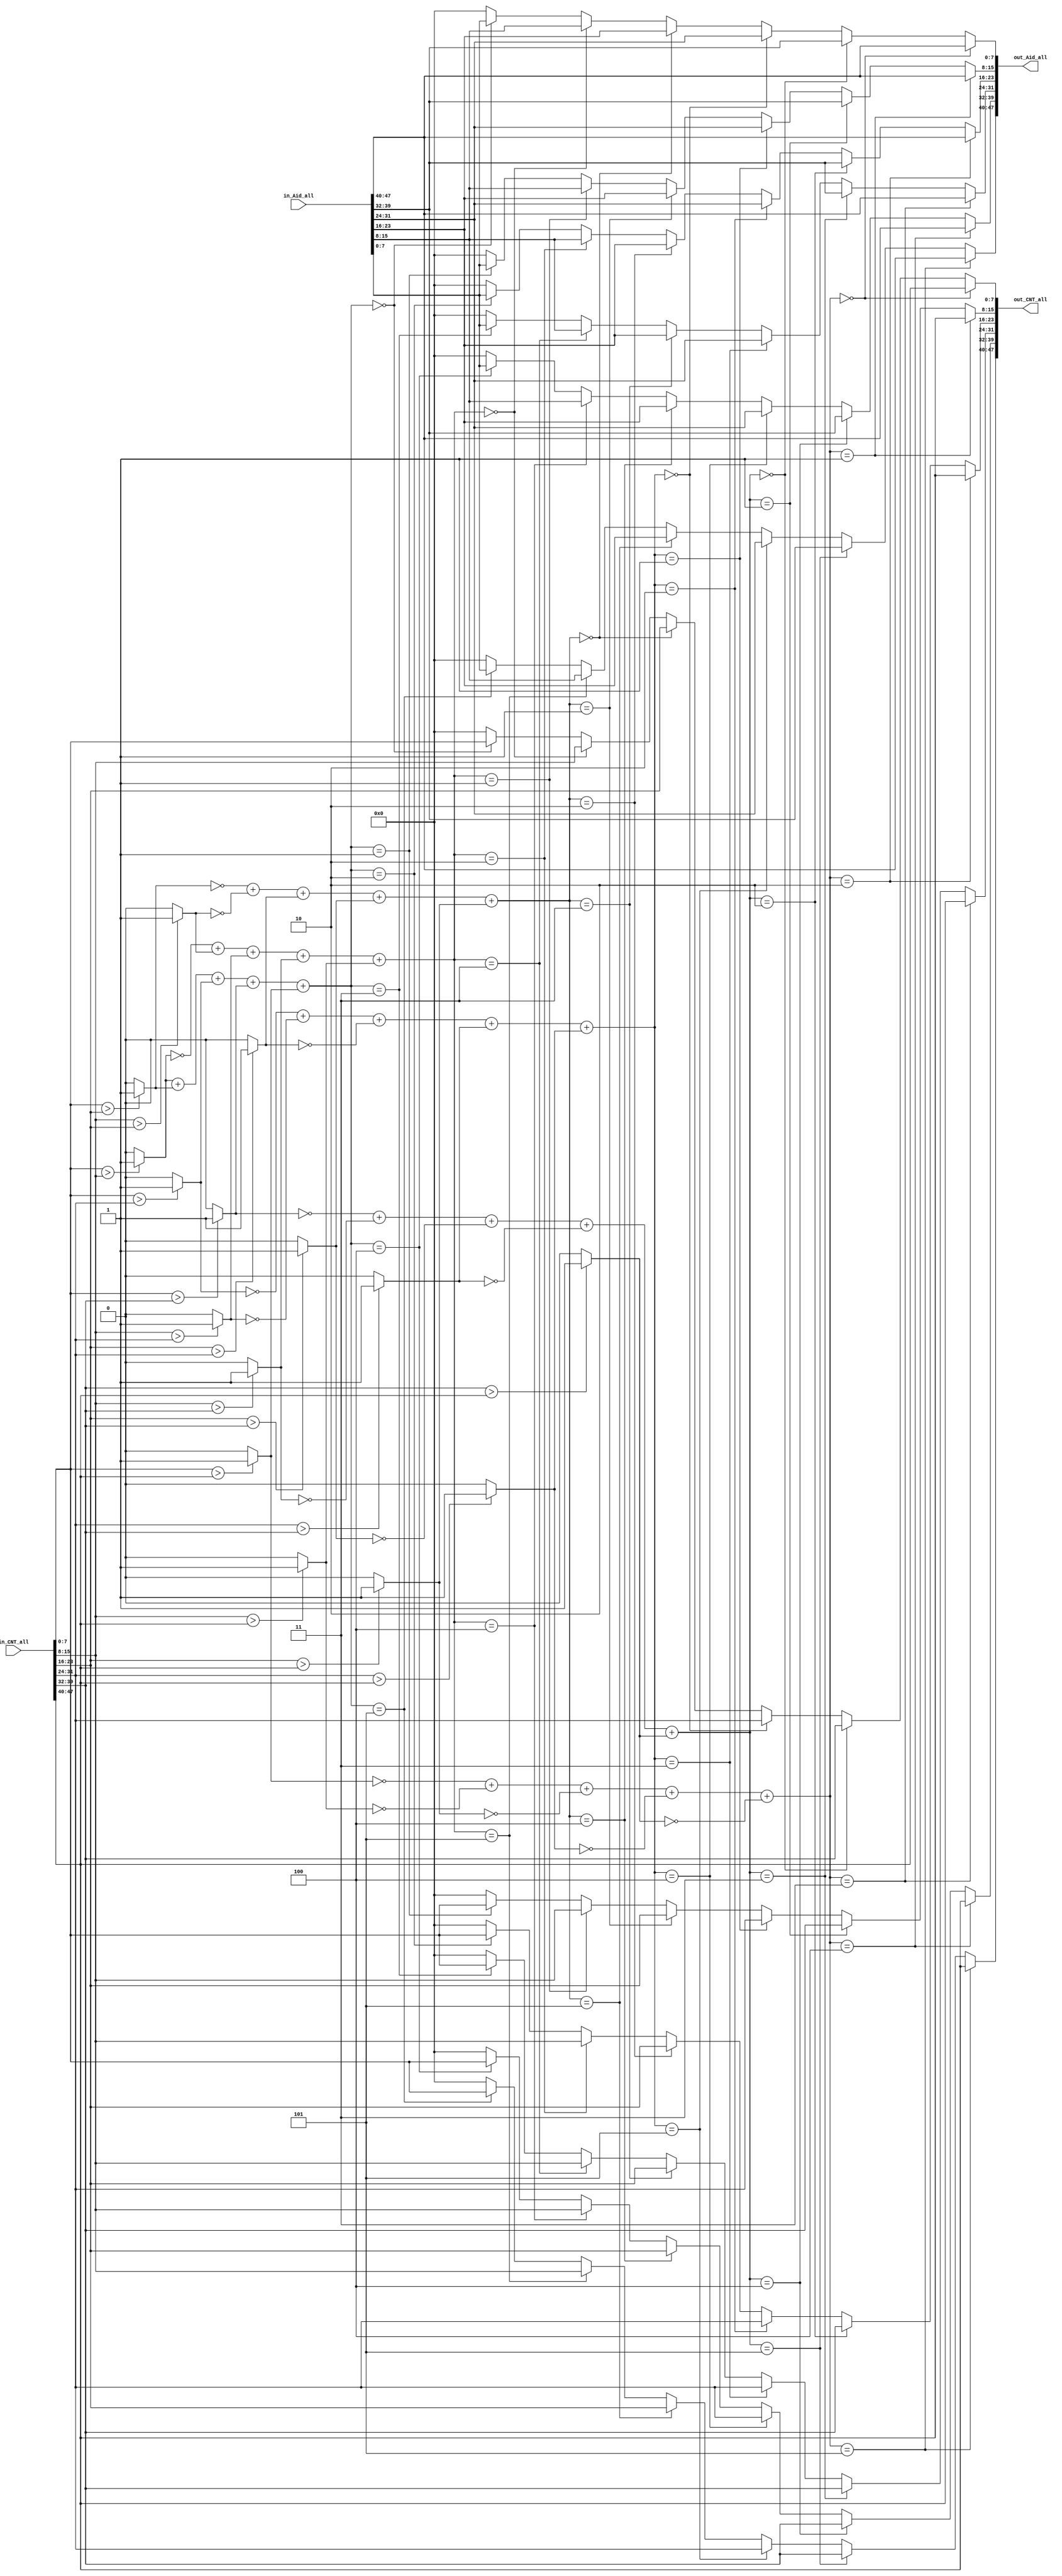
//############################################################################
//   2024 Digital Circuit and System Lab
//   HW03        : Huffman Coding
//++++++++++++++++++++++++++++++++++++++++++++++++++++++++++++++++++++++++++++
//   Version     : v1.0
//   Module Name : sort
//############################################################################
// Huffman coding is a method of lossless data compression. 
// It assigns variable-length codes to input characters, the length of the code depends on the frequency of the character.
// The most frequent character gets the smallest code and the least frequent character gets the largest code.
// The codes are prefix-free, which means that no code is a prefix of another code.
// This is useful for decoding, as it means that the code can be read one bit at a time and the result will be unambiguous.

// My algorithm is as follows:
// 1. count the number of 6 character from gray image in 100 cycles
// 2. sort the 6 character and 6 weight in 5 cycles. Simulatuously, calculate the Huffman code and code length
// Do not need to establish Huffman tree, just use the pointer to top node for node 0 ~ 5
// 3. output the number of 6 characters, Huffman code, and mask for each character's Huffman code in 1 cycle

// In TSMC 0.13um technology, latency is 5 cycles
// when cycle time is 5ns, total cell area 41584 um^2
// when cycle time is 6ns, total cell area 35080 um^2
// when cycle time is 10ns, total cell area 26710 um^2

//================================================//
//            6-input sorting network             //
//================================================//
module sort (
    // Input signals
    in_Aid_all, in_CNT_all,
    // Output signals
    out_Aid_all,  out_CNT_all
);

input [47:0]  in_Aid_all;
input [47:0]  in_CNT_all;

output reg [47:0] out_Aid_all;
output reg [47:0] out_CNT_all;

reg [7:0] in_Aid  [5:0];
reg [7:0] in_CNT  [5:0];
reg [7:0] out_Aid [5:0];
reg [7:0] out_CNT [5:0];

always @(*) begin
    {in_Aid[5], in_Aid[4], in_Aid[3], in_Aid[2], in_Aid[1], in_Aid[0]} = in_Aid_all;
    {in_CNT[5], in_CNT[4], in_CNT[3], in_CNT[2], in_CNT[1], in_CNT[0]} = in_CNT_all;
end


wire f0_1 = (in_CNT[0] > in_CNT[1]) ? 1'd1 : 1'd0;
wire f0_2 = (in_CNT[0] > in_CNT[2]) ? 1'd1 : 1'd0;
wire f0_3 = (in_CNT[0] > in_CNT[3]) ? 1'd1 : 1'd0;
wire f0_4 = (in_CNT[0] > in_CNT[4]) ? 1'd1 : 1'd0;
wire f0_5 = (in_CNT[0] > in_CNT[5]) ? 1'd1 : 1'd0;

wire [2:0] addr_0 = f0_1 + f0_2 + f0_3 + f0_4 + f0_5;

wire f1_0 = ~f0_1;
wire f1_2 = (in_CNT[1] > in_CNT[2]) ? 1'd1 : 1'd0;
wire f1_3 = (in_CNT[1] > in_CNT[3]) ? 1'd1 : 1'd0;
wire f1_4 = (in_CNT[1] > in_CNT[4]) ? 1'd1 : 1'd0;
wire f1_5 = (in_CNT[1] > in_CNT[5]) ? 1'd1 : 1'd0;

wire [2:0] addr_1 = f1_0 + f1_2 + f1_3 + f1_4 + f1_5;

wire f2_0 = ~f0_2;
wire f2_1 = ~f1_2;
wire f2_3 = (in_CNT[2] > in_CNT[3]) ? 1'd1 : 1'd0;
wire f2_4 = (in_CNT[2] > in_CNT[4]) ? 1'd1 : 1'd0;
wire f2_5 = (in_CNT[2] > in_CNT[5]) ? 1'd1 : 1'd0;

wire [2:0] addr_2 = f2_0 + f2_1 + f2_3 + f2_4 + f2_5;

wire f3_0 = ~f0_3;
wire f3_1 = ~f1_3;
wire f3_2 = ~f2_3;
wire f3_4 = (in_CNT[3] > in_CNT[4]) ? 1'd1 : 1'd0;
wire f3_5 = (in_CNT[3] > in_CNT[5]) ? 1'd1 : 1'd0;

wire [2:0] addr_3 = f3_0 + f3_1 + f3_2 + f3_4 + f3_5;

wire f4_0 = ~f0_4;
wire f4_1 = ~f1_4;
wire f4_2 = ~f2_4;
wire f4_3 = ~f3_4;
wire f4_5 = (in_CNT[4] > in_CNT[5]) ? 1'd1 : 1'd0;

wire [2:0] addr_4 = f4_0 + f4_1 + f4_2 + f4_3 + f4_5;

wire f5_0 = ~f0_5;
wire f5_1 = ~f1_5;
wire f5_2 = ~f2_5;
wire f5_3 = ~f3_5;
wire f5_4 = ~f4_5;

wire [2:0] addr_5 = f5_0 + f5_1 + f5_2 + f5_3 + f5_4;

always @(*) begin
    out_Aid[0] = 0;
    out_Aid[1] = 0;
    out_Aid[2] = 0;
    out_Aid[3] = 0;
    out_Aid[4] = 0;
    out_Aid[5] = 0;
    out_Aid[addr_0] = in_Aid[0];
    out_Aid[addr_1] = in_Aid[1];
    out_Aid[addr_2] = in_Aid[2];
    out_Aid[addr_3] = in_Aid[3];
    out_Aid[addr_4] = in_Aid[4];
    out_Aid[addr_5] = in_Aid[5];
end

always @(*) begin
    out_CNT[0] = 0;
    out_CNT[1] = 0;
    out_CNT[2] = 0;
    out_CNT[3] = 0;
    out_CNT[4] = 0;
    out_CNT[5] = 0;
    out_CNT[addr_0] = in_CNT[0];
    out_CNT[addr_1] = in_CNT[1];
    out_CNT[addr_2] = in_CNT[2];
    out_CNT[addr_3] = in_CNT[3];
    out_CNT[addr_4] = in_CNT[4];
    out_CNT[addr_5] = in_CNT[5];
end

always @(*) begin
    out_Aid_all = {out_Aid[5], out_Aid[4], out_Aid[3], out_Aid[2], out_Aid[1], out_Aid[0]};
    out_CNT_all = {out_CNT[5], out_CNT[4], out_CNT[3], out_CNT[2], out_CNT[1], out_CNT[0]};
end

endmodule